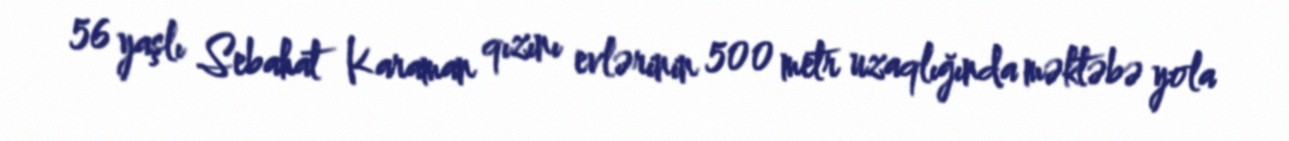
56 yaşlı Sebahat Karaman qızını evlərinin 500 metr uzaqlığında məktəbə yola